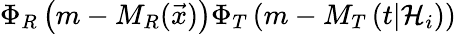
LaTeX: \Phi_{R}\left(m-M_{R}(\vec{x})\right)\Phi_{T}\left(m-M_{T}\left(t\vert{\cal H}_{i}\right)\right)